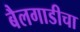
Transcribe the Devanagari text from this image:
बैलगाडीचा